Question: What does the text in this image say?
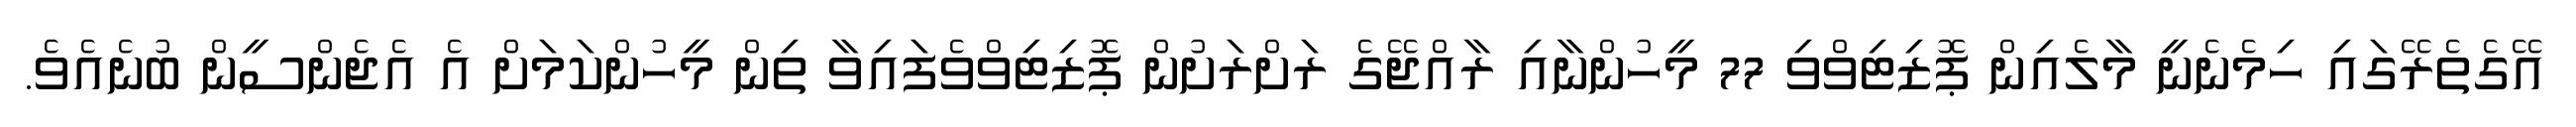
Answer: އޭގެތެރޭގައި ހިމެނެނީ މާލެއިން ޕޮޒިޓިވްވި 77 މީހުންނާއި ރާއްޖޭގެ ރަށްރަށުން ޕޮޒިޓިވްވެފައިވާ ތިން މީހުންކަމަށް އެ އެޖެންސީން ބުނެއެވެ.